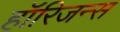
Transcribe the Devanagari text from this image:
हॉरिजन्स